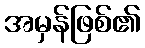
အမှန်ဖြစ်၏